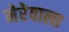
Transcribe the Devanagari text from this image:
मेरेवाला